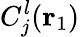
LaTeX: C_{j}^{l}({\mathbf{r}_{1}})